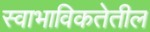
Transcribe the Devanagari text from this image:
स्वाभाविकतेतील